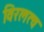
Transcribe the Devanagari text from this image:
विरलत्व